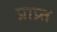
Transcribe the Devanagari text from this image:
प्राप्र्त